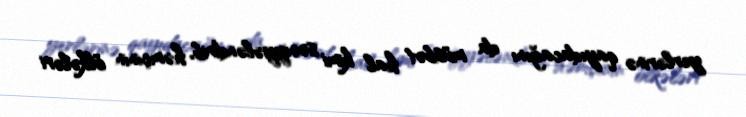
yerlərinə qayıdacağını da müsbət hal kimi səciyyələndirib, həmçinin ölkələri